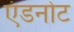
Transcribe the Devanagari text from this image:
एंडनोट